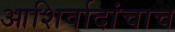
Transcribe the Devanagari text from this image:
आशिर्वादांचाच